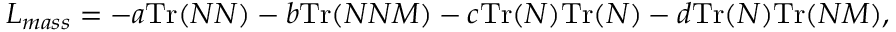
{ \cal L } _ { m a s s } = - a \mathrm { T r } ( N N ) - b \mathrm { T r } ( N N { \cal M } ) - c \mathrm { T r } ( N ) \mathrm { T r } ( N ) - d \mathrm { T r } ( N ) \mathrm { T r } ( N { \cal M } ) ,